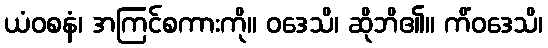
ယံဝစနံ၊ အကြင်စကားကို။ ဝဒေသိ၊ ဆိုဘိ၏။ ကိံဝဒေသိ၊